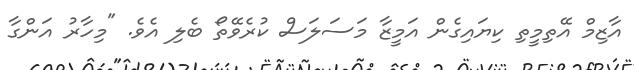
އާޒިމް އޭތިމީތި ކިޔައިގެން އަމީޒާ މަސަލަސް ކުރެވޭތޯ ބެލި އެވެ. "މިހާރު އަންގާ